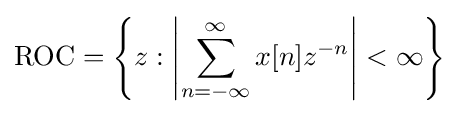
\mathrm {ROC} =\left\{z:\left|\sum _{n=-\infty }^{\infty }x[n]z^{-n}\right|<\infty \right\}